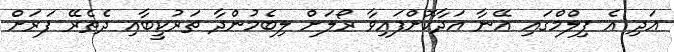
އަދި އެ ފިލްމްގައި އޭނާ އަދާކޮށްފައިވާ ރޯލަށް ލިބެމުންދާ ތަރުކީބާއި ދެތެރޭ ފަރަށް